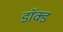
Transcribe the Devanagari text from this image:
डॉक्ड